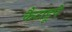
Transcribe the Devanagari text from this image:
कैटाडूपे